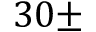
3 0 \pm